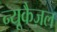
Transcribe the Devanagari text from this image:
न्यूकैज़ल